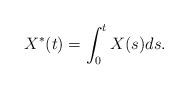
LaTeX: \begin{align*} X^*(t) = \int_0^t X(s) ds.\end{align*}